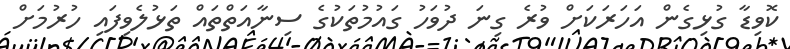
ކޮވިޑާ ގުޅިގެން އަހަރަކަށް ވުރެ ގިނަ ދުވަހު ގައުމުތަކުގެ ސިނާއަތްތައް ތަޅުލެވިފައި ހުރުމަށް